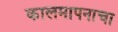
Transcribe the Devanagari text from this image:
कालमापनाचा